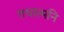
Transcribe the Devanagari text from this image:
तथात्मनि